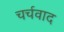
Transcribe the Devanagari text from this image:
चर्चवाद